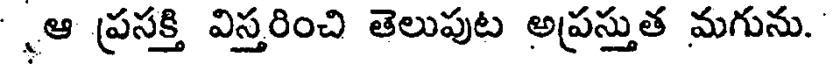
ఆ ప్రసక్తి విస్తరించి తెలుపుట అప్రస్తుత మగును.